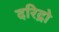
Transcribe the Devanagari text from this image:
दरिद्रो